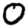
Digit: 0